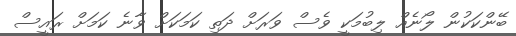
ބޭންކަކުން ލޯނެއް ލިބުމަކީ ވެސް ވަރަށް ދަތި ކަމަކަށް ވާނެ ކަމަށް ރައީސް